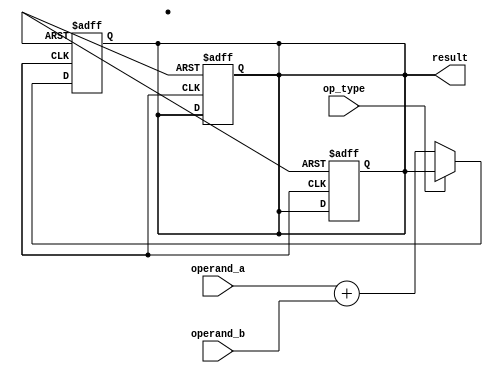
module quad_precision_float_unit (
    input wire [127:0] operand_a,
    input wire [127:0] operand_b,
    input wire op_type,
    output reg [127:0] result
);

// Adder
always @ (posedge clk or negedge reset) begin
    if (!reset) begin
        result <= 128'b0;
    end else begin
        if (op_type == 4'b0000) begin
            result <= operand_a + operand_b;
        end
    end
end

// Multiplier
always @ (posedge clk or negedge reset) begin
    if (!reset) begin
        result <= 128'b0;
    end else begin
        if (op_type == 4'b0010) begin
            result <= operand_a * operand_b;
        end
    end
end

// Divider
always @ (posedge clk or negedge reset) begin
    if (!reset) begin
        result <= 128'b0;
    end else begin
        if (op_type == 4'b0100) begin
            result <= operand_a / operand_b;
        end
    end
end

// Other necessary arithmetic units

endmodule